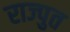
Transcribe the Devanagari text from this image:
राज्पुत